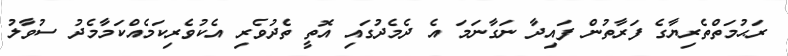
ރަޙުމަތްތެރިޔާގެ ފަރާތުން ފައިދާ ނަގާނަމަ އެ ދެމެދުގައި އޮތީ ތެދުވެރި އެކުވެރިކަމެއްކަމާމެދު ސުވާލު